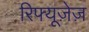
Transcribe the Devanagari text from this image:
रिफ्यूज़ेज़